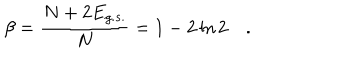
LaTeX: \beta = \frac { N + 2 E _ { g . s . } } { N } = 1 - 2 \ln 2 \quad .